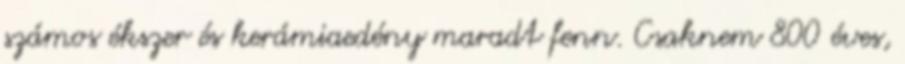
számos ékszer és kerámiaedény maradt fenn. Csaknem 800 éves,